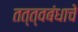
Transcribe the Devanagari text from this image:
तत्त्वबंधाचे